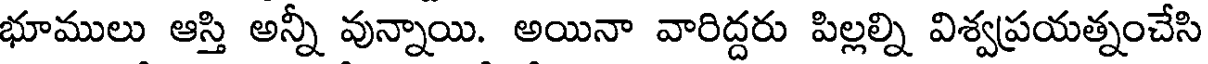
భూములు ఆస్తి అన్నీ వున్నాయి. అయినా వారిద్దరు పిల్లల్ని విశ్వప్రయత్నంచేసి